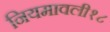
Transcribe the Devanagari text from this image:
नियमावली१८